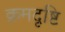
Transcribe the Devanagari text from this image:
क्रमदृष्टि